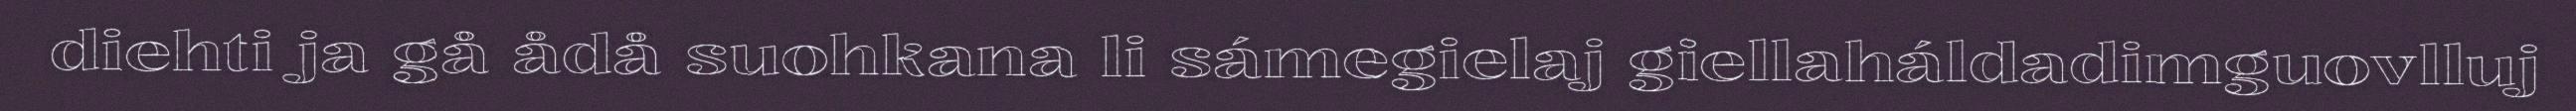
diehti ja gå ådå suohkana li sámegielaj giellaháldadimguovlluj